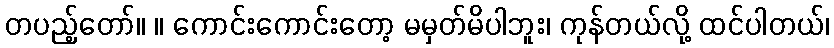
တပည့်တော်။ ။ ကောင်းကောင်းတော့ မမှတ်မိပါဘူး၊ ကုန်တယ်လို့ ထင်ပါတယ်၊